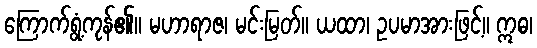
ကြောက်ရွံ့ကုန်၏။ မဟာရာဇ၊ မင်းမြတ်။ ယထာ၊ ဥပမာအားဖြင့်။ ဣဓ၊